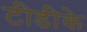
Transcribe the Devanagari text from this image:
टीडीके